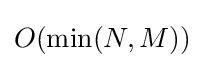
O(\min(N,M))